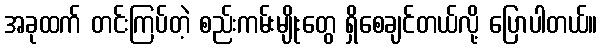
အခုထက် တင်းကြပ်တဲ့ စည်းကမ်းမျိုးတွေ ရှိစေချင်တယ်လို့ ပြောပါတယ်။